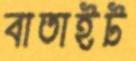
বাতাইট